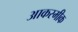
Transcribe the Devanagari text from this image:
आकस्मीक